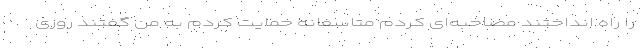
را راه انداختند مصاحبه‌ای کردم متاسفانه حمایت کردم به من گفتند روزی